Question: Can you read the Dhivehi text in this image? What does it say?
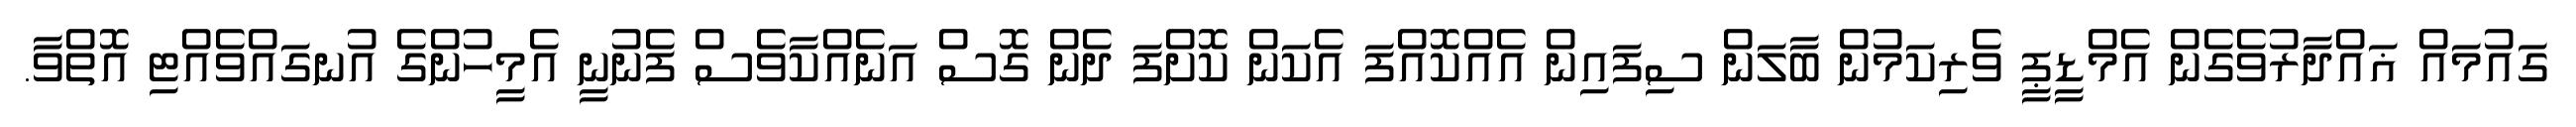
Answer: ގައުމައް ޣައްދާރުވެގެން އެމްޑީޕީ ވެރިކަމުން ބާލަން ސިފައިން އެއްކޮއްފަ އެކަން ކޮށްފަ ދެން ގޮސް އަނެއްކާވެސް ފެނުނީ އެމީހުންގެ އުނގައްވެއްޓި އޮތްވާ.